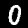
Digit: 0